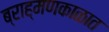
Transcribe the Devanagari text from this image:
ब्राह्मणकाळात